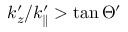
k _ { z } ^ { \prime } / k _ { \parallel } ^ { \prime } > \tan \Theta ^ { \prime }